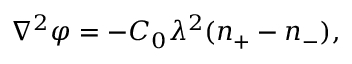
{ \nabla ^ { 2 } } \varphi = - C _ { 0 } \lambda ^ { 2 } ( n _ { + } - n _ { - } ) ,